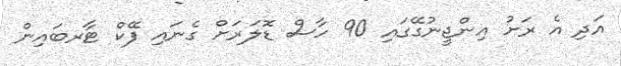
އަދި އެ ރަށު އިންޖީނުގޭގައި 90 ހާސް ޑޮލަރަށް ގެނައި ފޭކް ޓާރބައިން